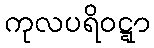
ကုလပရိဝဋ္ဋာ